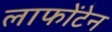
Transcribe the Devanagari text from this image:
लाफोंटेन